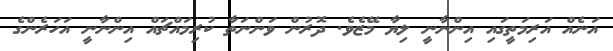
އަނެއް އަރިމަތީގައި އިންނާނީ ލިޔާ މޭޒެވެ. ދޮރުން ވަންނަތާ ކުރިމައްޗައް އިންނާނީ އަހަރެންގެ